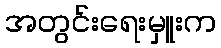
အတွင်းရေးမှူးက